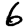
Digit: 6